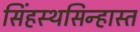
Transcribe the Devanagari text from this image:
सिंहस्थसिन्हास्त